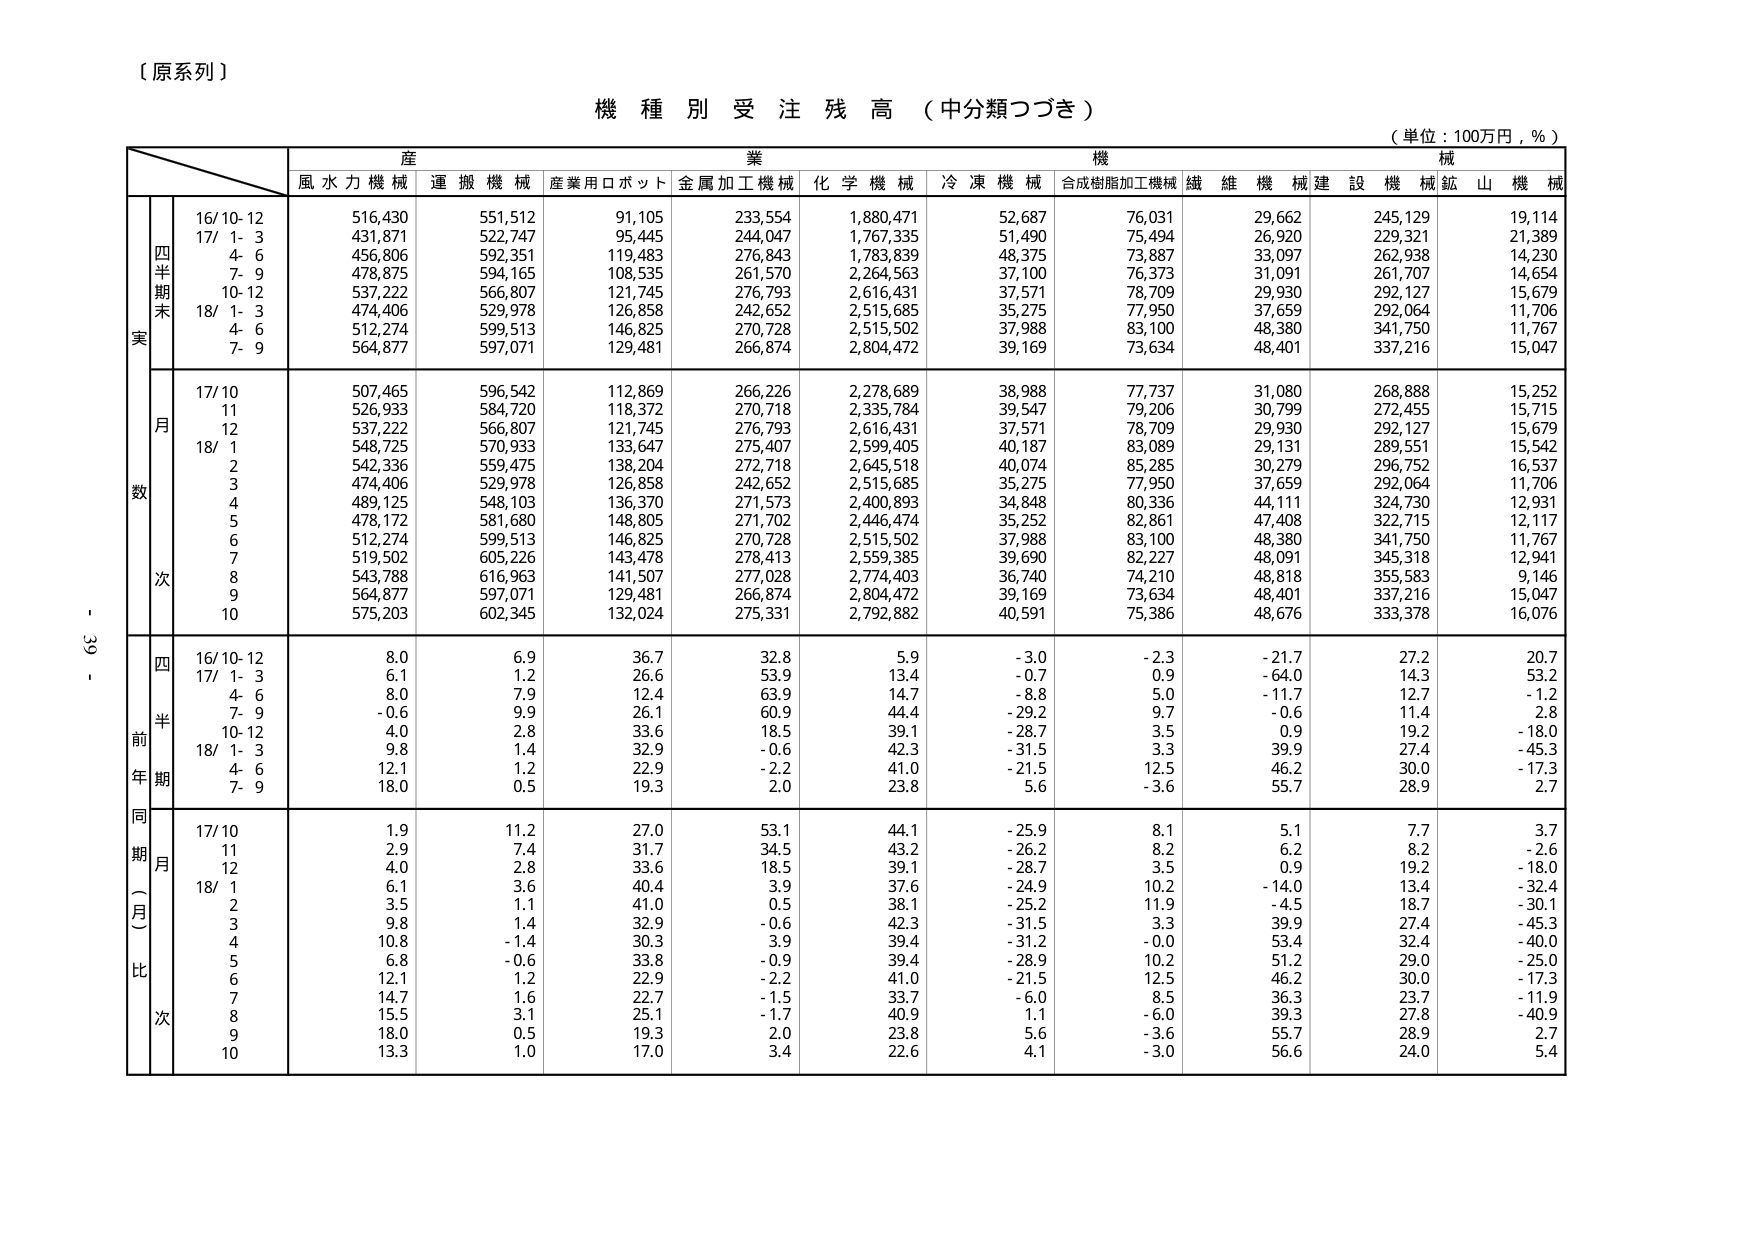
【原系列】

機種別受注残高（中分類つづき）

（単位：100万円，％）